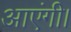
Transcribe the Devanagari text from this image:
आएंगी।